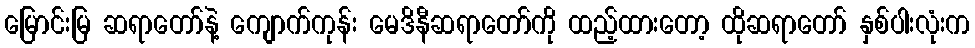
မြောင်းမြ ဆရာတော်နဲ့ ကျောက်ကုန်း မေဒိနီဆရာတော်ကို ထည့်ထားတော့ ထိုဆရာတော် နှစ်ပါးလုံးက